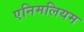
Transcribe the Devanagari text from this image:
एनिमलियम